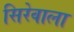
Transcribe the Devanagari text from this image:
सिरेवाला